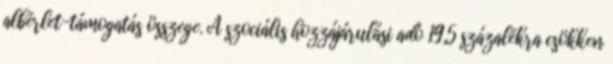
albérlet-támogatás összege. A szociális hozzájárulási adó 19,5 százalékra csökken